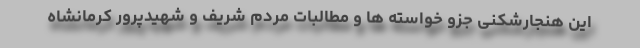
این هنجارشکنی جزو خواسته ها و مطالبات مردم شریف و شهیدپرور کرمانشاه